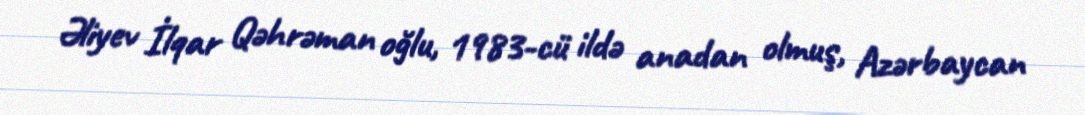
Əliyev İlqar Qəhrəman oğlu, 1983-cü ildə anadan olmuş, Azərbaycan